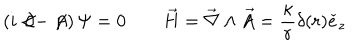
\left( i \not \! \partial - \not \! \! A \right) \Psi = 0 \qquad \vec { H } = \vec { \nabla } \wedge \vec { A } = \frac { \kappa } { r } \delta ( r ) \check { e } _ { z }